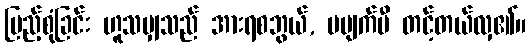
ပြည့်စုံခြင်း ဟူသမျှသည် အားရစဘွယ်, မပျက်မီ တင့်တယ်လှ၏။